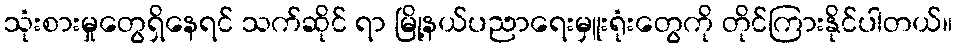
သုံးစားမှုတွေရှိနေရင် သက်ဆိုင် ရာ မြို့နယ်ပညာရေးမှူးရုံးတွေကို တိုင်ကြားနိုင်ပါတယ်။